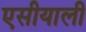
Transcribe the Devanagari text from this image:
एसीयाली